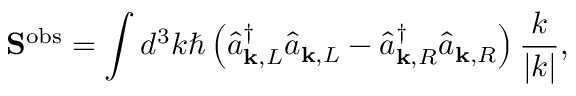
\mathbf { S } ^ { \mathrm { { o b s } } } = \int d ^ { 3 } k \hbar \left( { \hat { a } } _ { \mathbf { k } , L } ^ { \dagger } { \hat { a } } _ { \mathbf { k } , L } - { \hat { a } } _ { \mathbf { k } , R } ^ { \dagger } { \hat { a } } _ { \mathbf { k } , R } \right) { \frac { \boldsymbol { k } } { | { \boldsymbol { k } } | } } ,